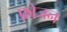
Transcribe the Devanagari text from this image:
फ़्रोजन